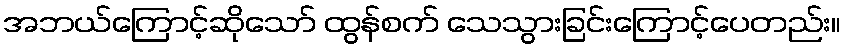
အဘယ်ကြောင့်ဆိုသော် ထွန်စက် သေသွားခြင်းကြောင့်ပေတည်း။